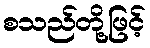
စသည်တို့ဖြင့်